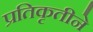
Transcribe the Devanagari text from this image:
प्रतिकृतीने